Scottish Certificate of Education, 1962
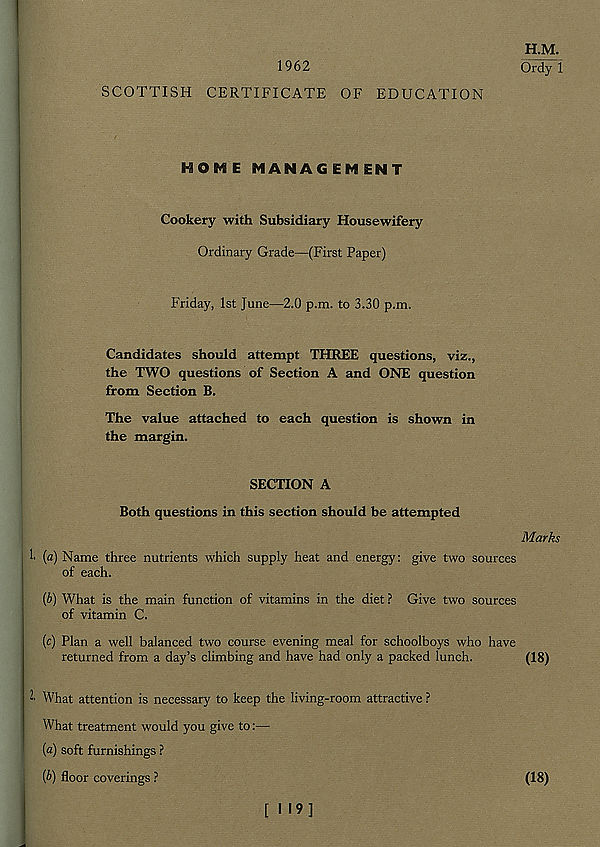
1962
SCOTTISH CERTIFICATE OF EDUCATION
H.M.
Ordy 1
HOME MANAGEMENT
Cookery with Subsidiary Housewifery
Ordinary Grade—(First Paper)
Friday, 1st June—2.0 p.m. to 3.30 p.m.
Candidates should attempt THREE questions, viz.,
the TWO questions of Section A and ONE question
from Section B.
The value attached to each question is shown in
the margin.
SECTION A
Both questions in this section should be attempted
{a) Name three nutrients which supply heat and energy: give two sources
of each.
(b) What is the main function of vitamins in the diet ? Give two sources
of vitamin C.
(c) Plan a well balanced two course evening meal for schoolboys who have
returned from a day’s climbing and have had only a packed lunch.
2' What attention is necessary to keep the living-room attractive ?
What treatment would you give to:—
(a) soft furnishings ?
{b) floor coverings ?
Marks
(18)
(18)
[119]